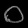
Digit: ၀